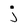
Character: j